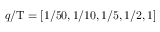
q / \mathrm { T } = [ 1 / 5 0 , 1 / 1 0 , 1 / 5 , 1 / 2 , 1 ]